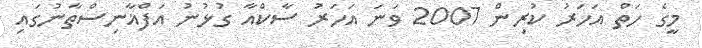
މީގެ ހަތް އަހަރު ކުރިން 2007 ވަނަ އަހަރު ސާކްއާ ގުޅުނު އަފްޣާނިސްތާނުގައި